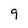
Character: 9